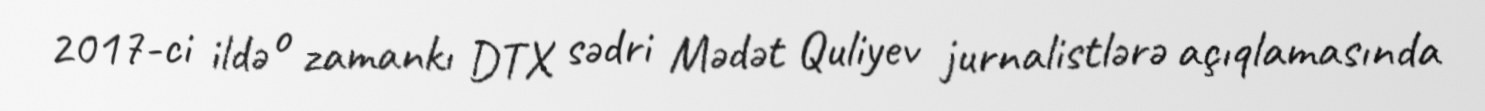
2017-ci ildə o zamankı DTX sədri Mədət Quliyev jurnalistlərə açıqlamasında